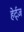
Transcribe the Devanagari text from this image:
हेर्ट्ज़